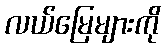
လယ်မြေများကို